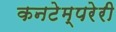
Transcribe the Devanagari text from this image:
कनटेम्परेरी